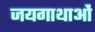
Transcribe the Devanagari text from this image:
जयगाथाओं